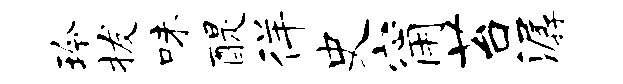
玲拔味醍徉史甯苔潺